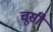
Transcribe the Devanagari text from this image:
चूसी